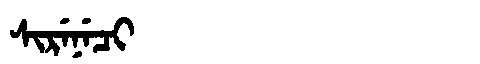
Manchu: ᠰᡳᡵᡝᠨᡝᠴᡳ
Romanization: SIRENECI